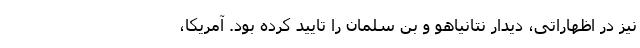
نیز در اظهاراتی، دیدار نتانیاهو و بن سلمان را تایید کرده بود. آمریکا،